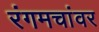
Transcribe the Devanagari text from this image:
रंगमचांवर